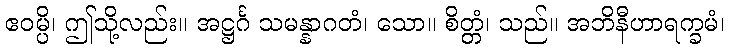
ဧဝမ္ပိ၊ ဤသို့လည်း။ အဋ္ဌင်္ဂ သမန္နာဂတံ၊ သော။ စိတ္တံ၊ သည်။ အဘိနီဟာရက္ခမံ၊